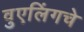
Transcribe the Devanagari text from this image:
वुएलिंगचे